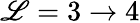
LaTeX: \mathscr{L}=3\rightarrow4